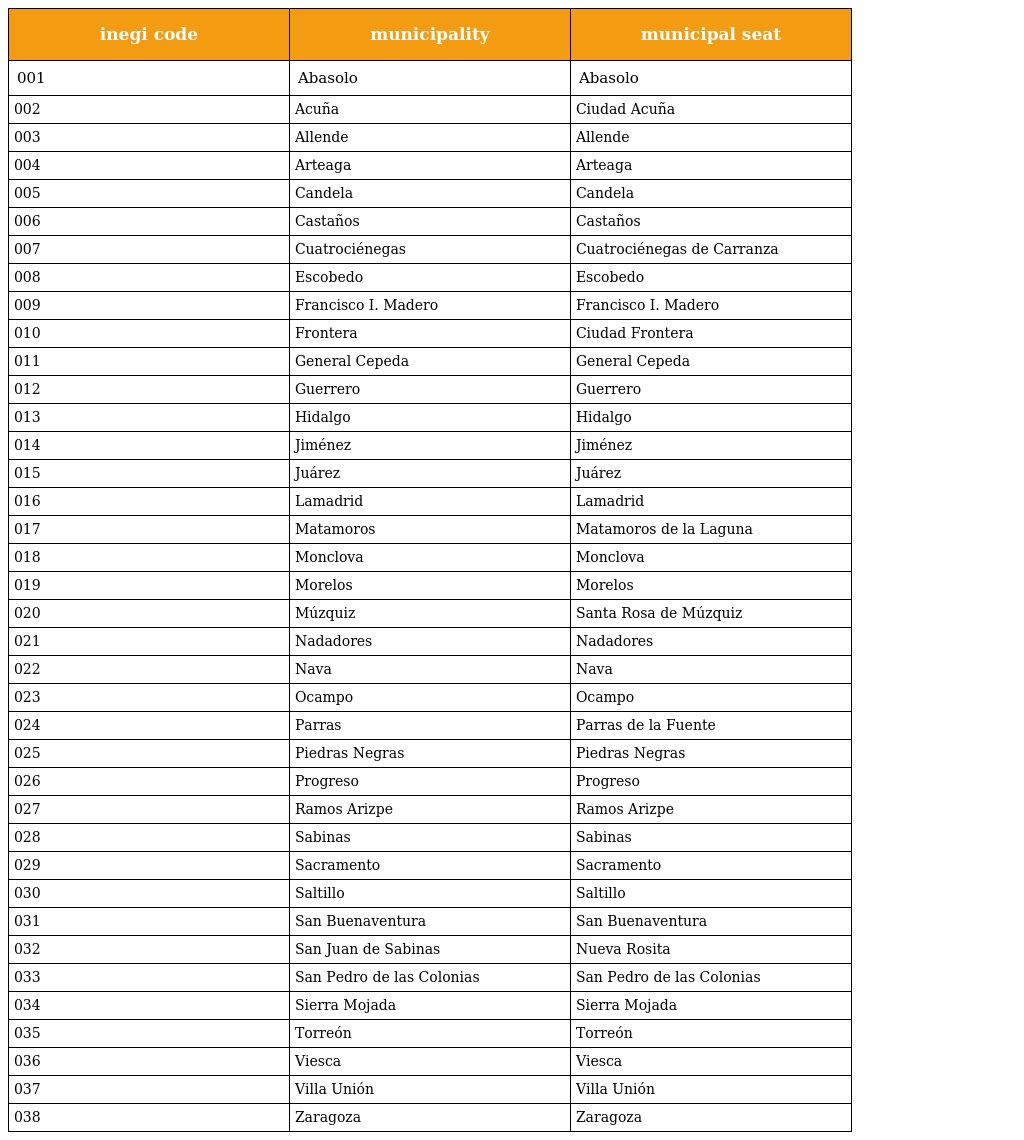
| inegi code | municipality | municipal seat |
 | --- | --- | --- |
 | 001 | Abasolo | Abasolo |
 | 002 | Acuña | Ciudad Acuña |
 | 003 | Allende | Allende |
 | 004 | Arteaga | Arteaga |
 | 005 | Candela | Candela |
 | 006 | Castaños | Castaños |
 | 007 | Cuatrociénegas | Cuatrociénegas de Carranza |
 | 008 | Escobedo | Escobedo |
 | 009 | Francisco I. Madero | Francisco I. Madero |
 | 010 | Frontera | Ciudad Frontera |
 | 011 | General Cepeda | General Cepeda |
 | 012 | Guerrero | Guerrero |
 | 013 | Hidalgo | Hidalgo |
 | 014 | Jiménez | Jiménez |
 | 015 | Juárez | Juárez |
 | 016 | Lamadrid | Lamadrid |
 | 017 | Matamoros | Matamoros de la Laguna |
 | 018 | Monclova | Monclova |
 | 019 | Morelos | Morelos |
 | 020 | Múzquiz | Santa Rosa de Múzquiz |
 | 021 | Nadadores | Nadadores |
 | 022 | Nava | Nava |
 | 023 | Ocampo | Ocampo |
 | 024 | Parras | Parras de la Fuente |
 | 025 | Piedras Negras | Piedras Negras |
 | 026 | Progreso | Progreso |
 | 027 | Ramos Arizpe | Ramos Arizpe |
 | 028 | Sabinas | Sabinas |
 | 029 | Sacramento | Sacramento |
 | 030 | Saltillo | Saltillo |
 | 031 | San Buenaventura | San Buenaventura |
 | 032 | San Juan de Sabinas | Nueva Rosita |
 | 033 | San Pedro de las Colonias | San Pedro de las Colonias |
 | 034 | Sierra Mojada | Sierra Mojada |
 | 035 | Torreón | Torreón |
 | 036 | Viesca | Viesca |
 | 037 | Villa Unión | Villa Unión |
 | 038 | Zaragoza | Zaragoza |